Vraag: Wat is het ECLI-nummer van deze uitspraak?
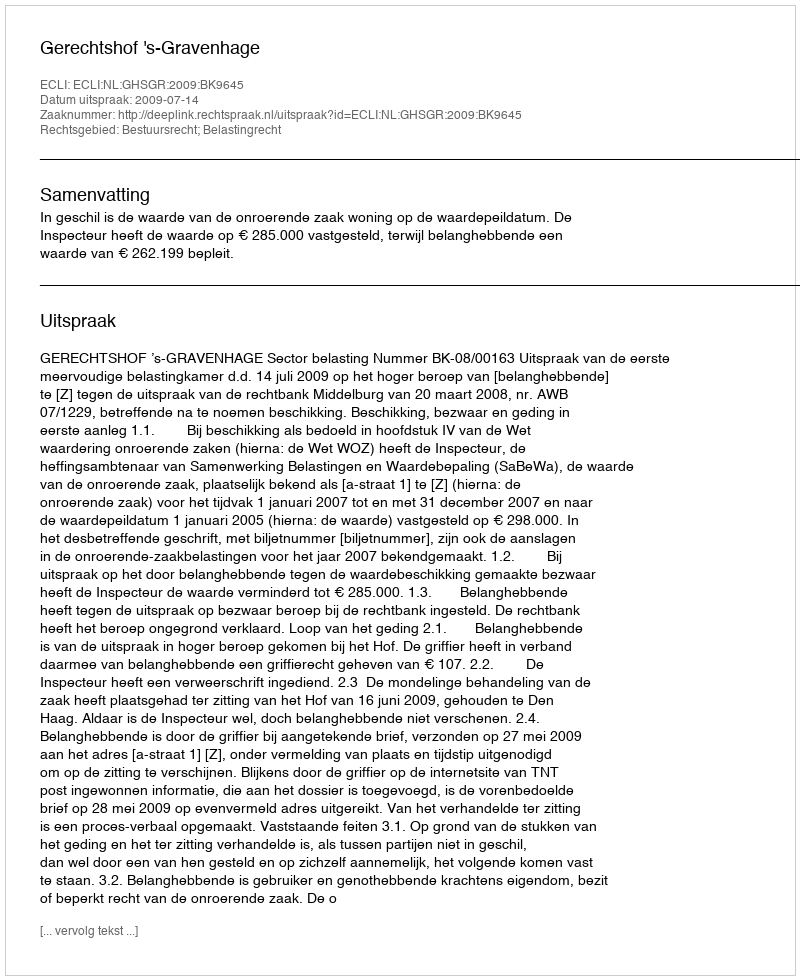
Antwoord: ECLI:NL:GHSGR:2009:BK9645